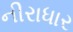
નીરાધાર